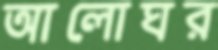
আলোঘর